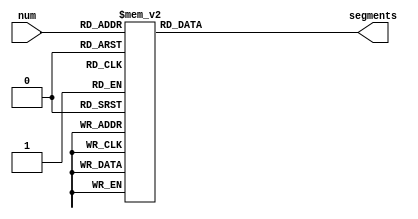
module seven_segment_decoder(num,segments); 
input[3:0]num;
output[6:0]segments;
reg [6:0] segments;
always@(num) begin
case (num)
0: segments<= ~7'b0111111; 
1: segments<= ~7'b0000110; 
2: segments<= ~7'b1011011; 
3: segments <= ~7'b1001111; 
4: segments<= ~7'b1100110; 
5: segments <= ~7'b1101101; 
6: segments<= ~7'b1111101; 
7: segments <= ~7'b0000111; 
8: segments<= ~7'b1111111; 
9: segments <= ~7'b1101111; 
default: segments <= 7'bx;
endcase 
end
endmodule